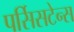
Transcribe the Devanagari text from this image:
पर्सिसटेन्स